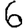
Digit: 6